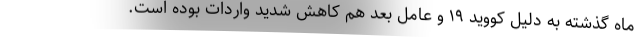
ماه گذشته به دلیل کووید ۱۹ و عامل بعد هم کاهش شدید واردات بوده است.